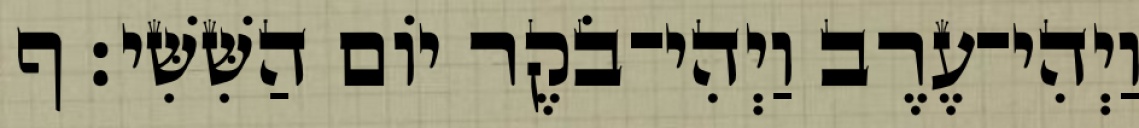
וַיְהִי־עֶרֶב וַיְהִי־בֹקֶר יֹום הַשִּׁשִּׁי׃ ף